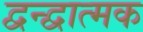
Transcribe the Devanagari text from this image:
द्वन्द्वात्मक